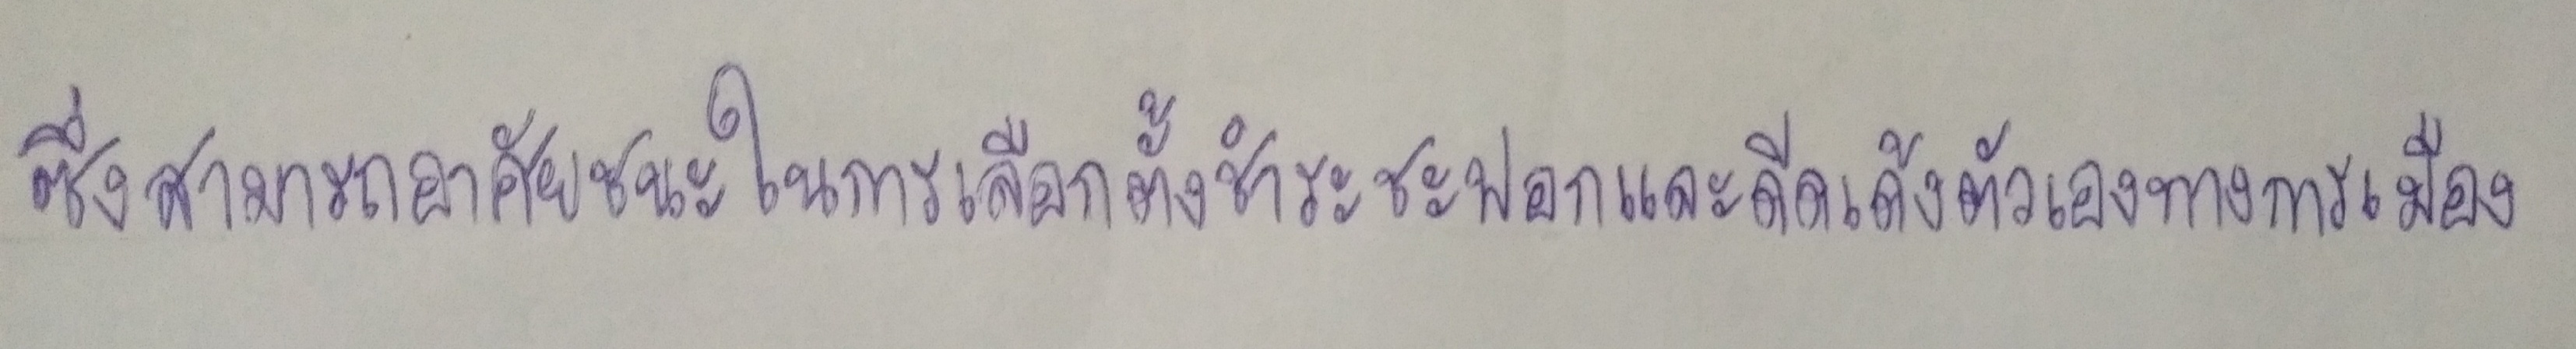
ซึ่งสามารถอาศัยชัยชนะในการเลือกตั้งชำระชะฟอกและดีดเด้งตัวเองทางการเมือง